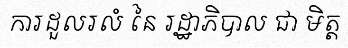
ការដួលរលំ នៃ រដ្ឋាភិបាល ជា មិត្ត